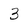
Character: 3